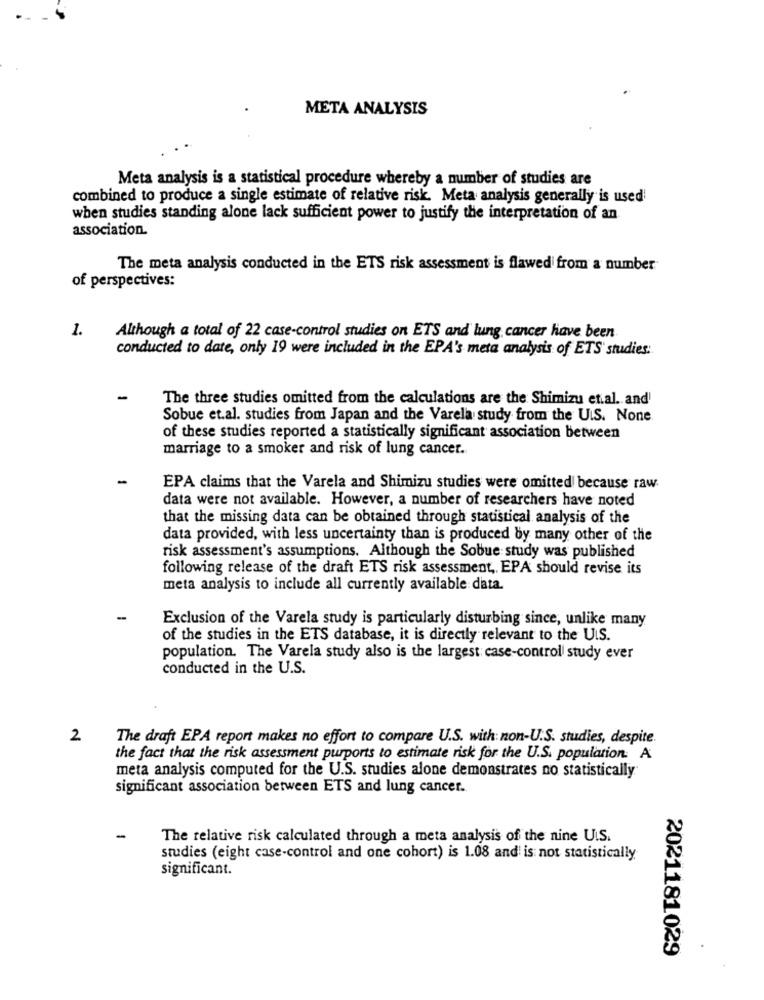
META ANALYSIS
Meta analysis is a statistical procedure whereby a number of studies are
combined to produce a single estimate of relative risk. Meta analysis generally is used
when studies standing alone lack sufficient power to justify the interpretation of an
association.
The meta analysis conducted in the ETS risk assessment is flawed from a number
of perspectives:
1.
Although a total of 22 case-control studies on ETS and lung cancer have been
conducted to date, only 19 were included in the EPA's meta analysis of ETS' studies:
-
The three studies omitted from the calculations are the Shimizu et.al. and
Sobue et.al. studies from Japan and the Varela study from the U.S. None
of these studies reported a statistically significant association between
marriage to a smoker and risk of lung cancer.
EPA claims that the Varela and Shimizu studies were omitted because raw
data were not available. However, a number of researchers have noted
that the missing data can be obtained through statistical analysis of the
data provided, with less uncertainty than is produced by many other of the
risk assessment's assumptions. Although the Sobue study was published
following release of the draft ETS risk assessment, EPA should revise its
meta analysis to include all currently available data.
-
Exclusion of the Varela study is particularly disturbing since, unlike many
of the studies in the ETS database, it is directly relevant to the U.S.
population. The Varela study also is the largest: case-control study ever
conducted in the U.S.
2
The draft EPA report makes no effort to compare U.S. with: non-U.S. studies, despite.
the fact that the risk assessment purports to estimate risk for the U.S. population. A
meta analysis computed for the U.S. studies alone demonstrates no statistically
significant association between ETS and lung cancer.
-
The relative risk calculated through a meta analysis of the nine U.S.
studies (eight case-control and one cohort) is 1.08 and is not statistically
significant.
2021181029